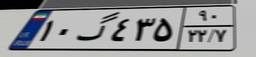
۱۰گ۴۳۵۹۰